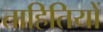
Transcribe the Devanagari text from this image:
ताहितियों